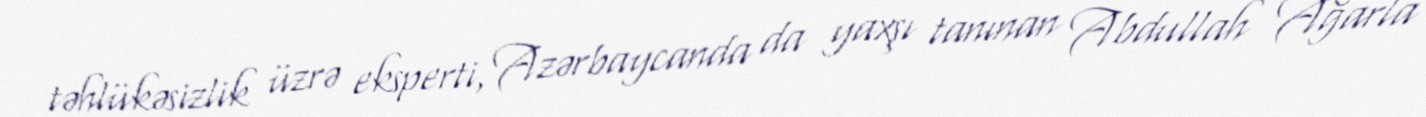
təhlükəsizlik üzrə eksperti, Azərbaycanda da yaxşı tanınan Abdullah Ağarla